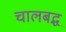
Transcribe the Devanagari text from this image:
चालबद्ध